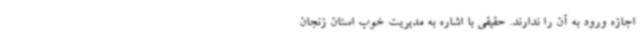
اجازه ورود به آن را ندارند. حقیقی با اشاره به مدیریت خوب استان زنجان